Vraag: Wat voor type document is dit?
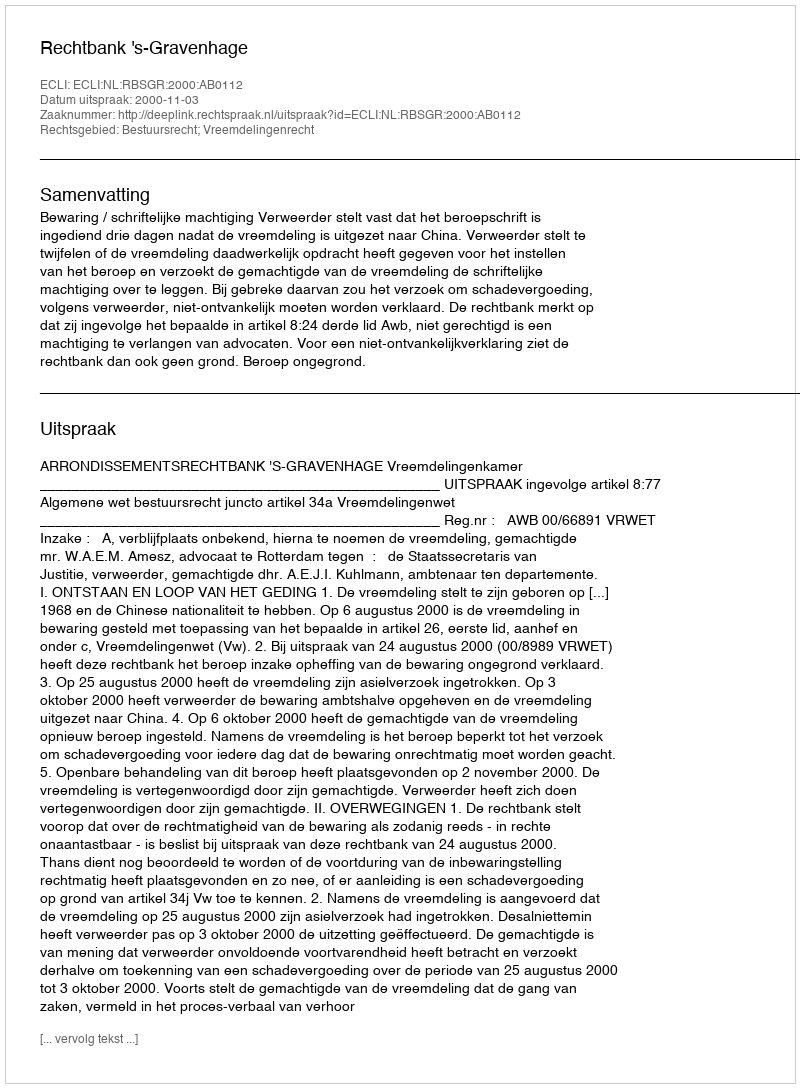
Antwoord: Uitspraak